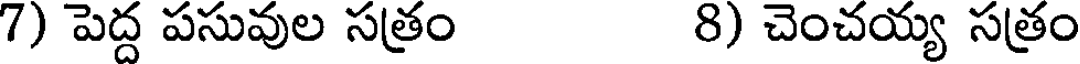
7) పెద్ద పసువుల సత్రం 8) చెంచయ్య సత్రం